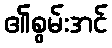
၏စွမ်းအင်